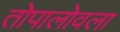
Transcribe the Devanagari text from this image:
तोपालोवला